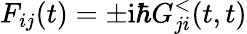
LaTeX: F_{ij}(t)=\pm\mathrm{i}\hbar G_{ji}^{<}(t,t)